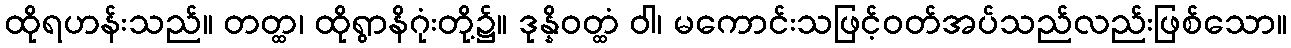
ထိုရဟန်းသည်။ တတ္ထ၊ ထိုရွာနိဂုံးတို့၌။ ဒုန္နိဝတ္ထံ ဝါ၊ မကောင်းသဖြင့်ဝတ်အပ်သည်လည်းဖြစ်သော။